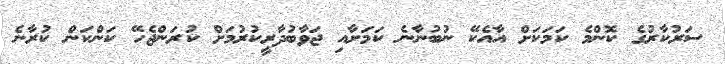
ސަރުކާރުގެ ކޮންމެ ކަމަކަށް އާއެކޭ ނުބުނާނެ ކަމަށާއި ޖަވާބުދާރީކުރުމަށް ކުރަންޖެހޭ ކަންކަން ކުރާނެ